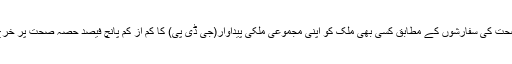
عالمی ادارہ صحت کی سفارشوں کے مطابق کسی بھی ملک کو اپنی مجموعی ملکی پیداوار(جی ڈی پی) کا کم از کم پانچ فیصد حصہ صحت پر خرچ کرنا چاہئے۔